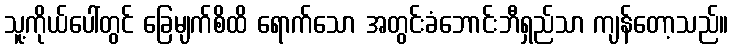
သူ့ကိုယ်ပေါ်တွင် ခြေမျက်စိထိ ရောက်သော အတွင်းခံဘောင်းဘီရှည်သာ ကျန်တော့သည်။